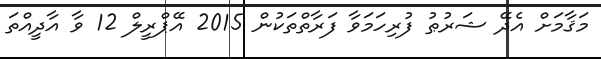
މަޤާމަށް އެދޭ ޝަރުޠު ފުރިހަމަވާ ފަރާތްތަކުން 2015 އޭޕްރީލް 12 ވާ އާދީއްތަ